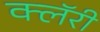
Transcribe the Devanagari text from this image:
क्लॅरी